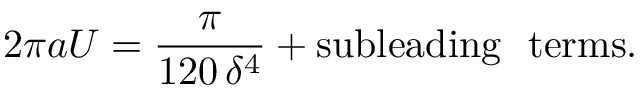
2 \pi a U = \frac { \pi } { 1 2 0 \, \delta ^ { 4 } } + \mathrm { s u b l e a d i n g ~ ~ t e r m s } .